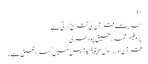
ا)
حدیث قرآن کی تشریح کرتی ہے
پروفیسر محمد رفیق چودھری
قرآن اور رسول ﷺ کا آپس میں گہرا تعلق ہے۔